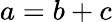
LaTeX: a=b+c